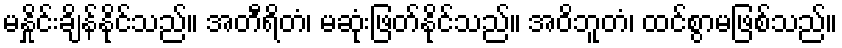
မနှိုင်းချိန်နိုင်သည်။ အတီရိတံ၊ မဆုံးဖြတ်နိုင်သည်။ အဝိဘူတံ၊ ထင်စွာမဖြစ်သည်။